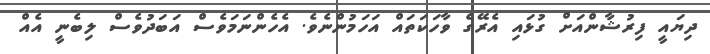
ދިޔައީ ފިރުޝާންއަށް ގުޅައި އެރޭގެ ވާހަކަތައް އަހަމުންނެވެ. އެހެންނަމަވެސް އަބަދުވެސް ލިބެނީ އެއް